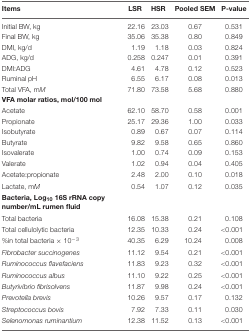
<table><thead><tr><td><b>Items</b></td><td><b>LSR</b></td><td><b>HSR</b></td><td><b>Pooled SEM</b></td><td><b>P-value</b></td></tr></thead><tbody><tr><td>Initial BW, kg</td><td>22.16</td><td>23.03</td><td>0.67</td><td>0.531</td></tr><tr><td>Final BW, kg</td><td>35.06</td><td>35.38</td><td>0.80</td><td>0.849</td></tr><tr><td>DMI, kg/d</td><td>1.19</td><td>1.18</td><td>0.03</td><td>0.824</td></tr><tr><td>ADG, kg/d</td><td>0.258</td><td>0.247</td><td>0.01</td><td>0.391</td></tr><tr><td>DMI:ADG</td><td>4.61</td><td>4.78</td><td>0.12</td><td>0.523</td></tr><tr><td>Ruminal pH</td><td>6.55</td><td>6.17</td><td>0.08</td><td>0.013</td></tr><tr><td>Total VFA, m<i>M</i></td><td>71.80</td><td>73.58</td><td>5.68</td><td>0.880</td></tr><tr><td><b>VFA molar ratios, mol/100 mol</b></td><td></td><td></td><td></td><td></td></tr><tr><td>Acetate</td><td>62.10</td><td>58.70</td><td>0.58</td><td>0.001</td></tr><tr><td>Propionate</td><td>25.17</td><td>29.36</td><td>1.00</td><td>0.033</td></tr><tr><td>Isobutyrate</td><td>0.89</td><td>0.67</td><td>0.07</td><td>0.114</td></tr><tr><td>Butyrate</td><td>9.82</td><td>9.58</td><td>0.65</td><td>0.860</td></tr><tr><td>Isovalerate</td><td>1.00</td><td>0.74</td><td>0.09</td><td>0.153</td></tr><tr><td>Valerate</td><td>1.02</td><td>0.94</td><td>0.04</td><td>0.405</td></tr><tr><td>Acetate:propionate</td><td>2.48</td><td>2.00</td><td>0.10</td><td>0.018</td></tr><tr><td>Lactate, m<i>M</i></td><td>0.54</td><td>1.07</td><td>0.12</td><td>0.035</td></tr><tr><td><b>Bacteria, Log<sub>10</sub> 16S rRNA copy number/mL rumen fluid</b></td><td></td><td></td><td></td><td></td></tr><tr><td>Total bacteria</td><td>16.08</td><td>15.38</td><td>0.21</td><td>0.108</td></tr><tr><td>Total cellulolytic bacteria</td><td>12.35</td><td>10.33</td><td>0.24</td><td>&lt;0.001</td></tr><tr><td>%in total bacteria × 10<sup>-3</sup></td><td>40.35</td><td>6.29</td><td>10.24</td><td>0.008</td></tr><tr><td><i>Fibrobacter succinogenes</i></td><td>11.12</td><td>9.54</td><td>0.21</td><td>&lt;0.001</td></tr><tr><td><i>Ruminococcus flavefaciens</i></td><td>11.83</td><td>9.23</td><td>0.32</td><td>&lt;0.001</td></tr><tr><td><i>Ruminococcus albus</i></td><td>11.10</td><td>9.22</td><td>0.25</td><td>&lt;0.001</td></tr><tr><td><i>Butyrivibrio fibrisolvens</i></td><td>11.87</td><td>9.98</td><td>0.24</td><td>&lt;0.001</td></tr><tr><td><i>Prevotella brevis</i></td><td>10.26</td><td>9.57</td><td>0.17</td><td>0.132</td></tr><tr><td><i>Streptococcus bovis</i></td><td>7.92</td><td>7.33</td><td>0.11</td><td>0.030</td></tr><tr><td><i>Selenomonas ruminantium</i></td><td>12.38</td><td>11.52</td><td>0.13</td><td>&lt;0.001</td></tr></tbody></table>